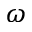
\omega